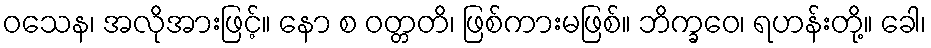
ဝသေန၊ အလိုအားဖြင့်။ နော စ ဝတ္တတိ၊ ဖြစ်ကားမဖြစ်။ ဘိက္ခဝေ၊ ရဟန်းတို့။ ခေါ၊